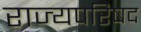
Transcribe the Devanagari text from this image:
राज्यपरिषद